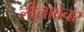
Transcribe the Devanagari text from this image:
लीलावेंचर